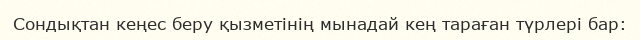
Сондықтан кеңес беру қызметінің мынадай кең тараған түрлері бар: